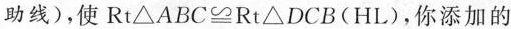
助线)，使Rt\triangle ABC\cong Rt\triangle DCB(HL)，你添加的